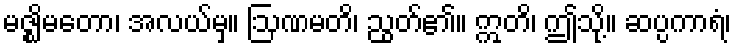
မဇ္ဈိမတော၊ အလယ်မှ။ ဩဏမတိ၊ ညွတ်၏။ ဣတိ၊ ဤသို့။ ဆပ္ပကာရံ၊